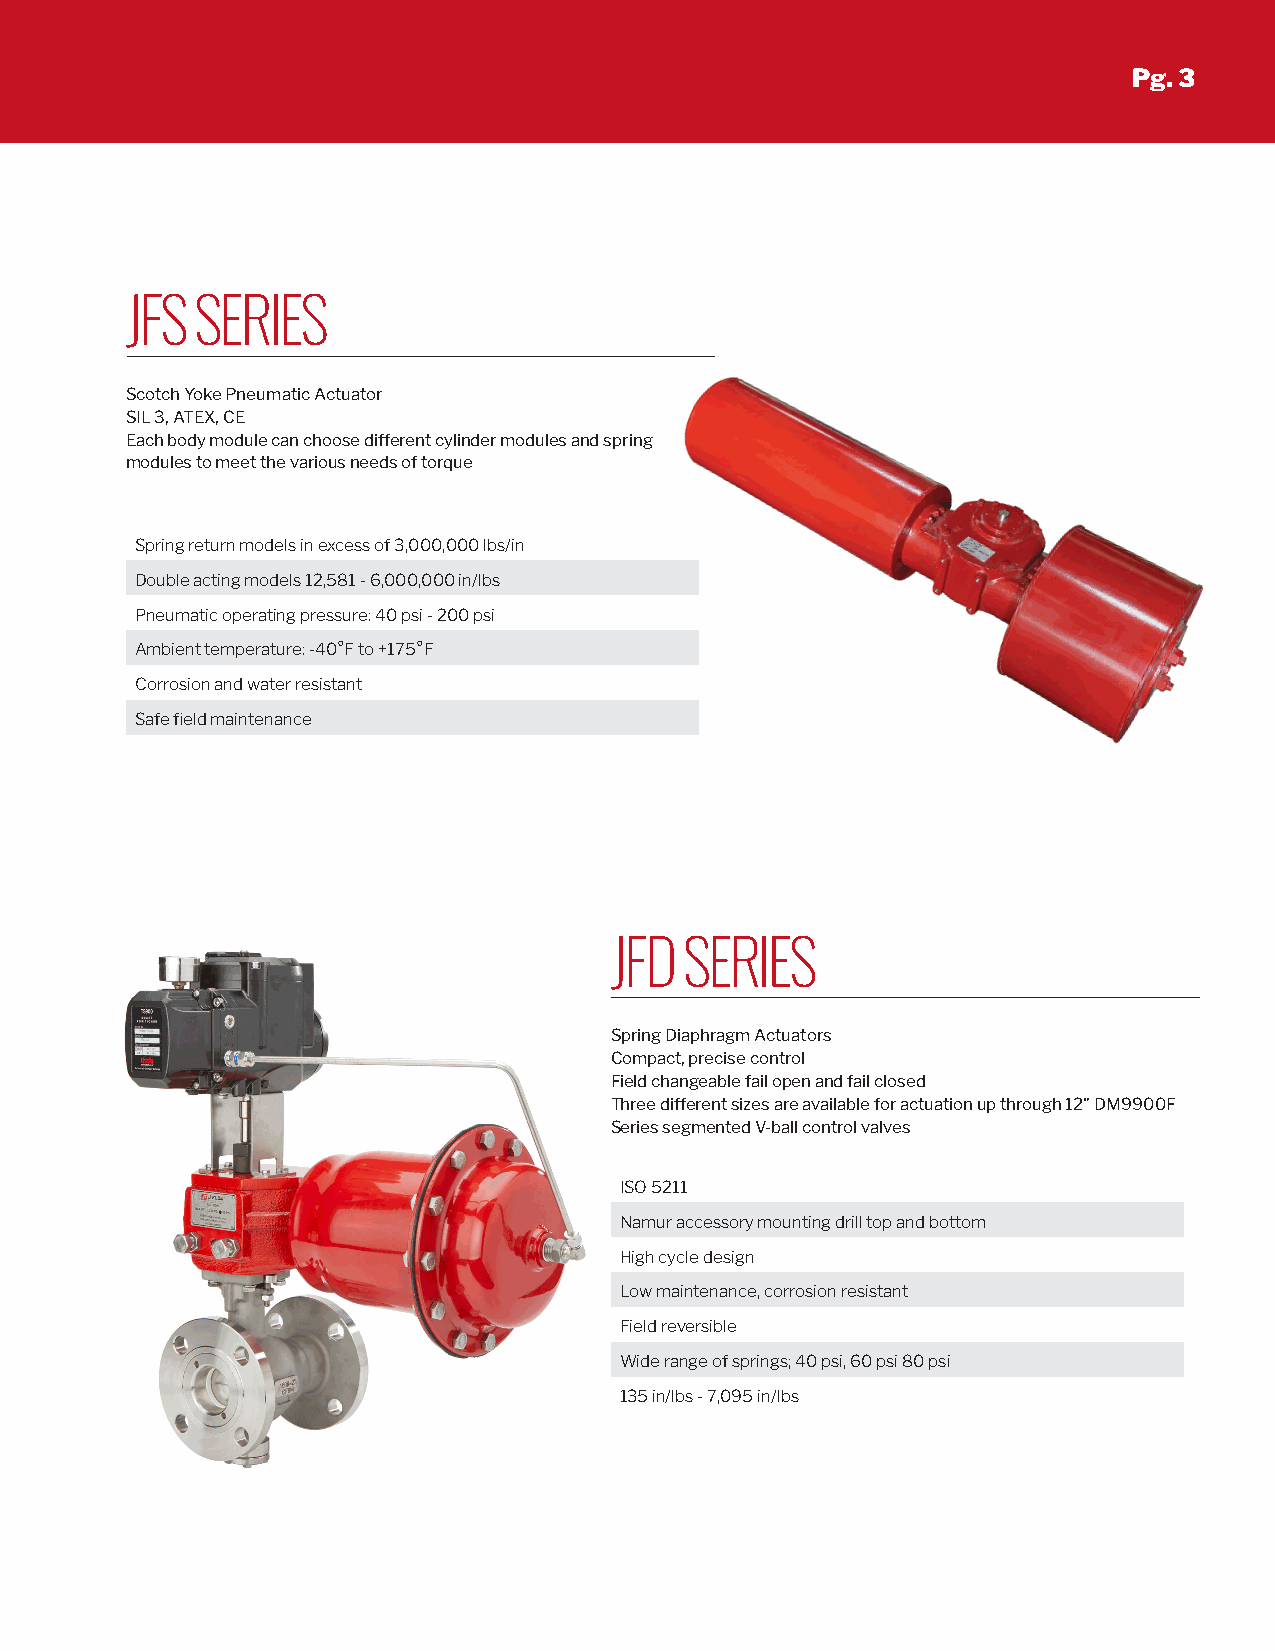
ACTUATORS
 Pg. 3
 JFS  SERIES
 Scotch Yoke Pneumatic Actuator
 SIL 3, ATEX, CE
 Each body module can choose different cylinder modules and spring
 modules to meet the various needs of torque
 Spring return models in excess of 3,000,000 lbs/in
 Double acting models 12,581 - 6,000,000 in/lbs
 Pneumatic operating pressure: 40 psi - 200 psi
 Ambient temperature: -40°F to +175°F
 Corrosion and water resistant
 Safe field maintenance
 JFD  SERIES
 Spring Diaphragm Actuators
 Compact, precise control
 Field changeable fail open and fail closed
 Three different sizes are available for actuation up through 12" DM9900F
 Series segmented V-ball control valves
 ISO 5211
 Namur accessory mounting drill top and bottom
 High cycle design
 Low maintenance, corrosion resistant
 Field reversible
 Wide range of springs; 40 psi, 60 psi 80 psi
 135 in/lbs - 7,095 in/lbs